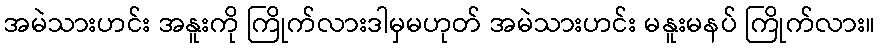
အမဲသားဟင်း အနူးကို ကြိုက်လားဒါမှမဟုတ် အမဲသားဟင်း မနူးမနပ် ကြိုက်လား။